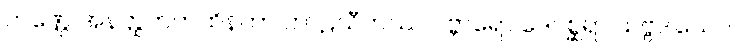
ကဏ္ဌေ အနတ္ထတကထိနတာ ကာဠသီဟဿ ပဗ္ဘာရော ဒေဝစ္ဆရာ သဗ္ဗဒါယေဝ